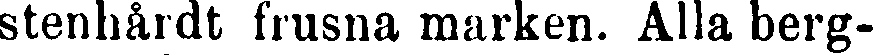
stenhårdt frusna marken. Alla berg-